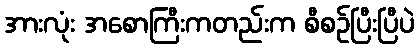
အားလုံး အစောကြီးကတည်းက စီစဉ်ပြီးပြီပဲ